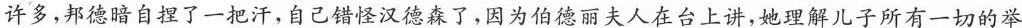
许多，邦德暗自捏了一把汗，自己错怪汉德森了，因为伯德丽夫人在台上讲，她理解儿子所有一切的举